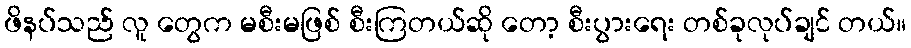
ဖိနပ်သည် လူ တွေက မစီးမဖြစ် စီးကြတယ်ဆို တော့ စီးပွားရေး တစ်ခုလုပ်ချင် တယ်။